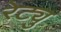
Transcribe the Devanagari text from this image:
रेट्यु